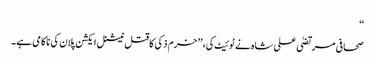
‘‘
صحافی مرتضیٰ علی شاہ نے ٹوئیٹ کی،’’ خرم ذکی کا قتل نیشنل ایکشن پلان کی ناکامی ہے۔